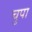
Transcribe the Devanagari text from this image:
चुपा